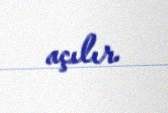
açılır.